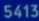
5413